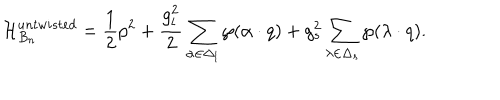
{ \cal H } _ { B _ { n } } ^ { u n t w i s t e d } = { \frac { 1 } { 2 } } p ^ { 2 } + { \frac { g _ { l } ^ { 2 } } { 2 } } \sum _ { \alpha \in \Delta _ { l } } \wp ( \alpha \cdot q ) + { g _ { s } ^ { 2 } } \sum _ { \lambda \in \Delta _ { s } } \wp ( \lambda \cdot q ) .